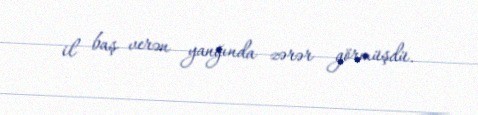
il baş verən yanğında zərər görmüşdü.